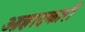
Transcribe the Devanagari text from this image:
आह्लादकारी